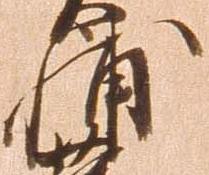
輔